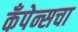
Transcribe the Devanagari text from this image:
कँपेन्सचा